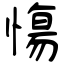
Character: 慯